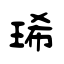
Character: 琋